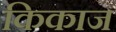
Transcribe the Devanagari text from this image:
किकाज